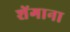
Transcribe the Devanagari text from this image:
शेंगाना